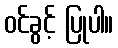
ဝင်ခွင့် ပြုပါ။